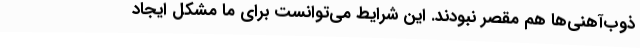
ذوب‌آهنی‌ها هم مقصر نبودند. این شرایط می‌توانست برای ما مشکل ایجاد